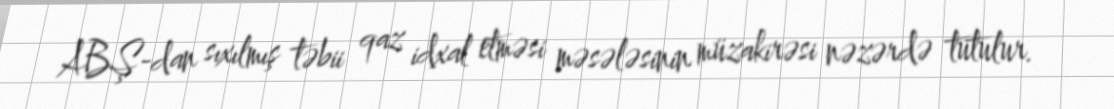
ABŞ-dan sıxılmış təbii qaz idxal etməsi məsələsinin müzakirəsi nəzərdə tutulur.